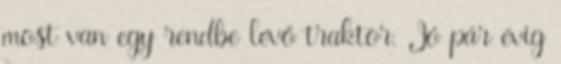
most van egy rendbe lévő traktor. Jó pár évig